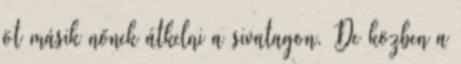
öt másik nőnek átkelni a sivatagon. De közben a